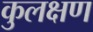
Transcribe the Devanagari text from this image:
कुलक्षण